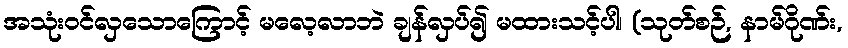
အသုံးဝင်လှသောကြောင့် မလေ့လာဘဲ ချန်လှပ်၍ မထားသင့်ပါ၊ (သုတ်စဉ်, နာမ်ဂိုဏ်း,